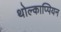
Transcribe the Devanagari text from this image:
थोल्काप्पियन